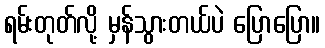
ရမ်းတုတ်လို့ မှန်သွားတယ်ပဲ ပြောပြော။